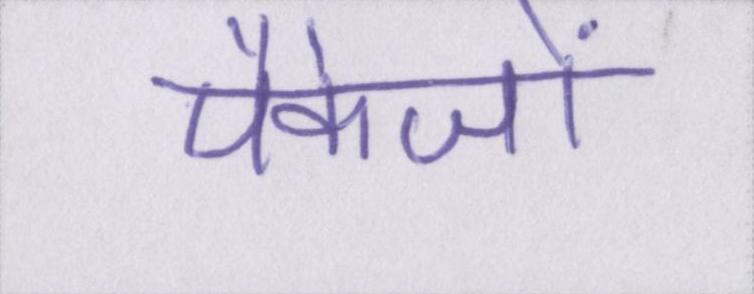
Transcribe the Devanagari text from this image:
पैकेजों